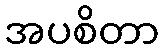
အပစိတာ